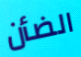
الضأن